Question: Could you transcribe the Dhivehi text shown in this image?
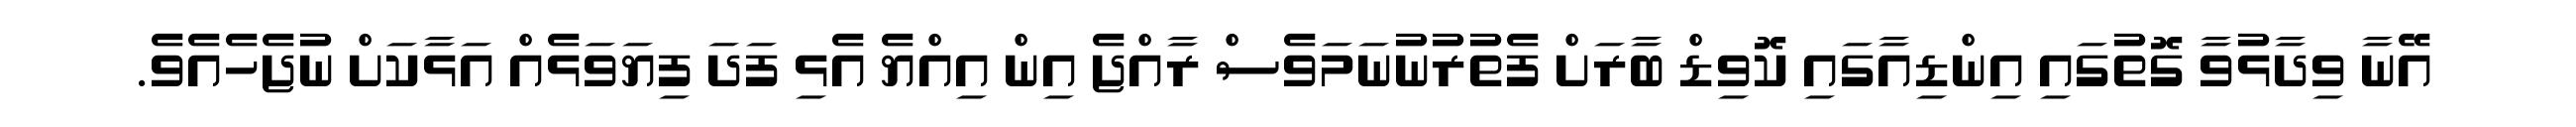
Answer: އޭނާ ވިދާޅުވާ ގޮތުގައި އިންޑިއާގައި ކޮވިޑް ބާރަށް ފެތުރުނުނަމަވެސް ރާއްޖެ އިން އިއްޔެ އެޅި ފަދަ ފިޔަވަޅެއް އަޅާކަށް ނުޖެހެއެވެ.